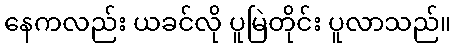
နေကလည်း ယခင်လို ပူမြဲတိုင်း ပူလာသည်။